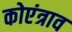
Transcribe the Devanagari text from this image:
कोएंत्राव